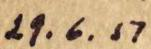
29.6.51